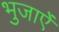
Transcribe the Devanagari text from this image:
भुजाऐं